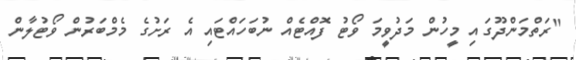
"ރަތްމަންދޫގައި މީހުން މަދުވީމަ ވޯޓު ފޮއްޓެއް ނުބަހައްޓައި އެ ރަށުގެ މެމްބަރުން ވޯޓުލާން